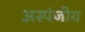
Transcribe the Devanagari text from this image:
अस्पंजीय